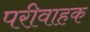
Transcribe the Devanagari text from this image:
परीवाहक